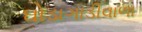
ઘોડાગાડીવાળા